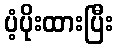
ပံ့ပိုးထားပြီး